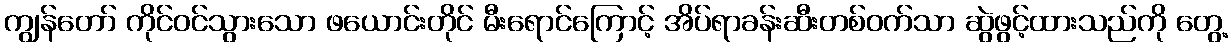
ကျွန်တော် ကိုင်ဝင်သွားသော ဖယောင်းတိုင် မီးရောင်ကြောင့် အိပ်ရာခန်းဆီးတစ်ဝက်သာ ဆွဲဖွင့်ထားသည်ကို တွေ့